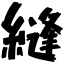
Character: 縫